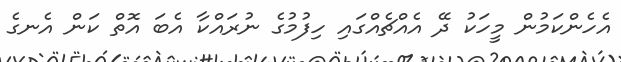
އެހެންކަމުން މީހަކު ދޭ އެއްޗެއްގައި ހިފުމުގެ ނުރައްކާ އެބަ އޮތް ކަން އެނގެ